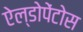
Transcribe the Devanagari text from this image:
ऐल्डोपेंटोस